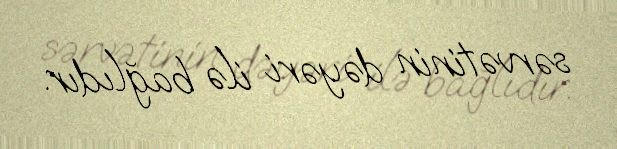
sərvətinin dəyəri ilə bağlıdır.